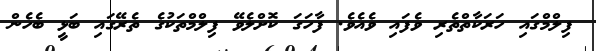
ފިލްމްގައި ހަރަކާތްތެރި ވެފައި ވެއެވެ. ފާހަގަ ކޮށްލެވޭ ފިލްމްތަކުގެ ތެރޭގައި ބަޅީ ބެހެން